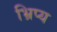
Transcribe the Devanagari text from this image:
भ्रिप्य